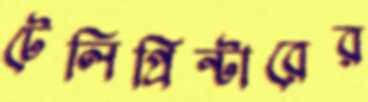
টেলিপ্রিন্টারের